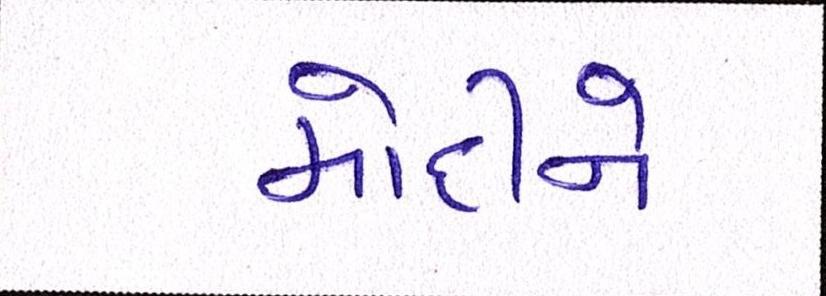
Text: મોદીને